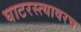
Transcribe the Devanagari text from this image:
घाटरस्त्यावरच